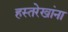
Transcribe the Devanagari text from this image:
हस्तरेखांना